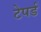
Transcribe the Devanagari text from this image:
टेपर्ड